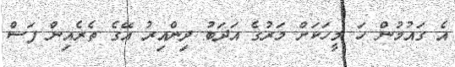
އެ ގައުމުން ހަ މީހަކަށް މަރުގެ އަދަބު ދިންއިރު އޭގެ ތެރެއިން ފަސް